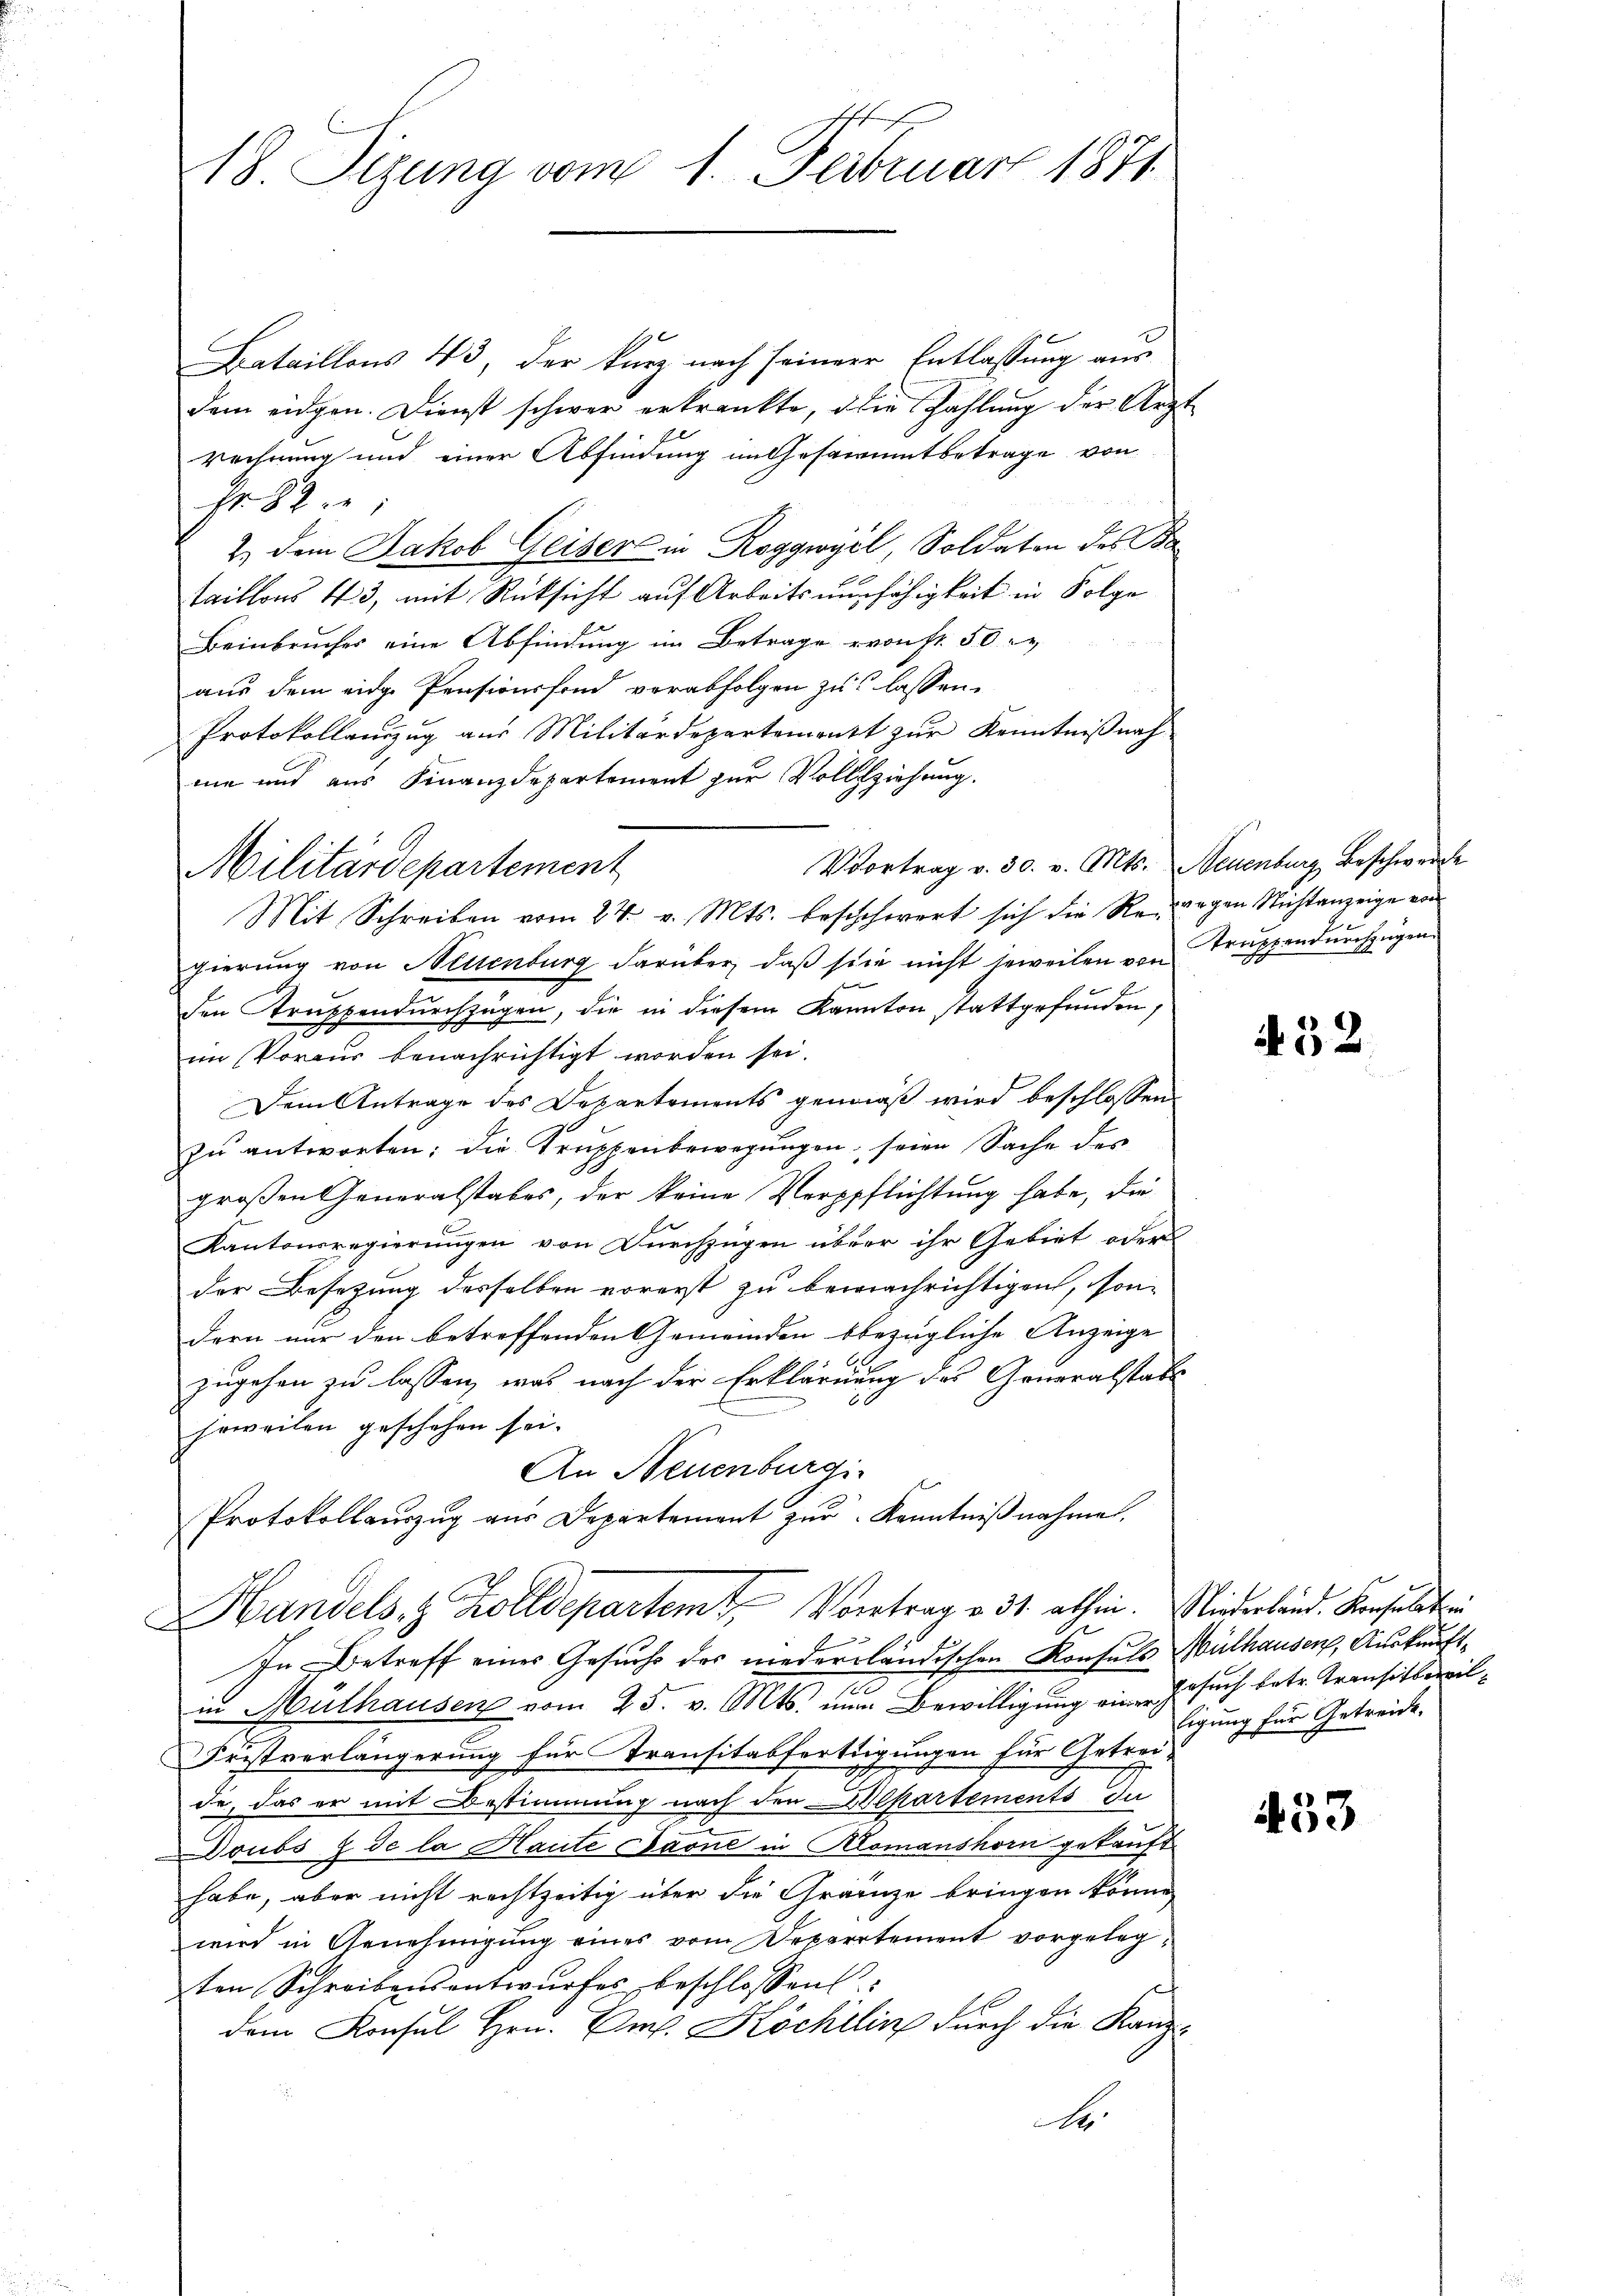
18. Sizung vom 1. Februar 1871

190
Bataillons 43, der kurz nach seiner Entlassung aus
dem eidgen. Dienst schwer erkrankte, die Zahlung der Arzt
rechnung und einer Abfindung im Gesammtbetrage von
Fr. 82:
2.) Dem Jakob Geiser in Roggwyel, Soldaten des Ba
taillons 43, mit Rücksicht auf Arbeitsunfähigkeit in Folge
Beinbruches eine Abfindung im Betrage von fr. 50
aus dem eidge Pensionsfond verabfolgen zu lassen.
Protokollauszug aus Militärdepartement zur Kenntnißnah
me und aus Finanzdepartement zur Vollziehung.
Vvortrag v. 30. v. Mts. Neuenburg Beschwerde
Mit Schreiben vom 27. v. Mts. beschwert sich die Retragen Nichtanzeige von
gierung von Neuenburg darüber, daß sie nicht jeweilen von Truppendurchzügen.
den Truppendurchzügen, die in diesem Kanton stattgefunden,
im Voraus benachrichtigt worden sei.
Dem Antrage des Departements gemäß wird beschlossen
zŭ antworten; die Truppenbewegungen, seien Sache des
großen Generalstabes, der keine Verpflichtung habe, die
Kantonsregierŭngen von Dŭrchzügen über ihr Gebiet oder
der Besetzung desselben vorerst zu bewachrichtigen, son-
dern mir den betreffenden Gemeinden bbezügliche Anzeige
zugehen zu lassen, was nach der Erklärung des Generalstatt
jeweilen geschehen sei.
An Neuenburgis
Protokollauszug aus Departement zŭr Kenntniβnahmen.
Handels- & Zolldepartemt. Vortrag v. 31. abhin. Niederland. Konfeldstrei
In Betreff eines Gesuchs des niederländischen Konsuls Mülhausen, Auskunftin Mülhausen vom 25. v. Mts. zum Bewilligung ein Gesuch betr. Transitbewil¬
Fristverlängerung für Transitabfertigungen für Getreide, das er mit Bestimmung nach den Wolkartements du
Doubs z de la Haute Laone in Klomanshorn gekauft
habe, aber nicht rechtzeitig über die Gränze bringen könne,
wird in Genehmigung eines vom Departement vorgelegten Schreibensentwurfes beschlossen:
dem Konsul Hrn. Dr. Köchilin durch die Kanz¬
A

Militärdepartement

A 52

Eigung für Getreide.

153